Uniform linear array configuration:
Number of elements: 16
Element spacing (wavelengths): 0.5
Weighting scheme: binomial
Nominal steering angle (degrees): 0
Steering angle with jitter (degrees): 0.6527
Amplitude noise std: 0.05
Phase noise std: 0.05

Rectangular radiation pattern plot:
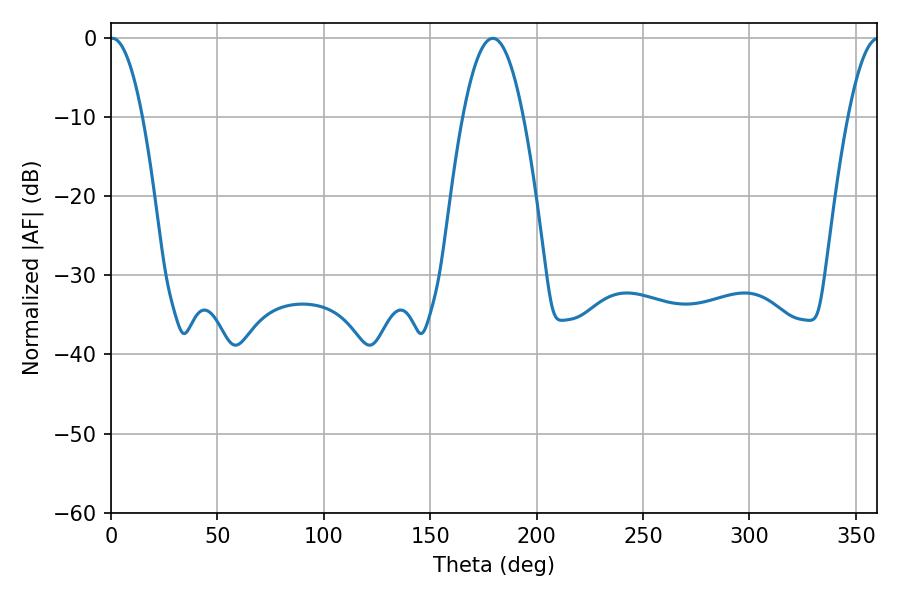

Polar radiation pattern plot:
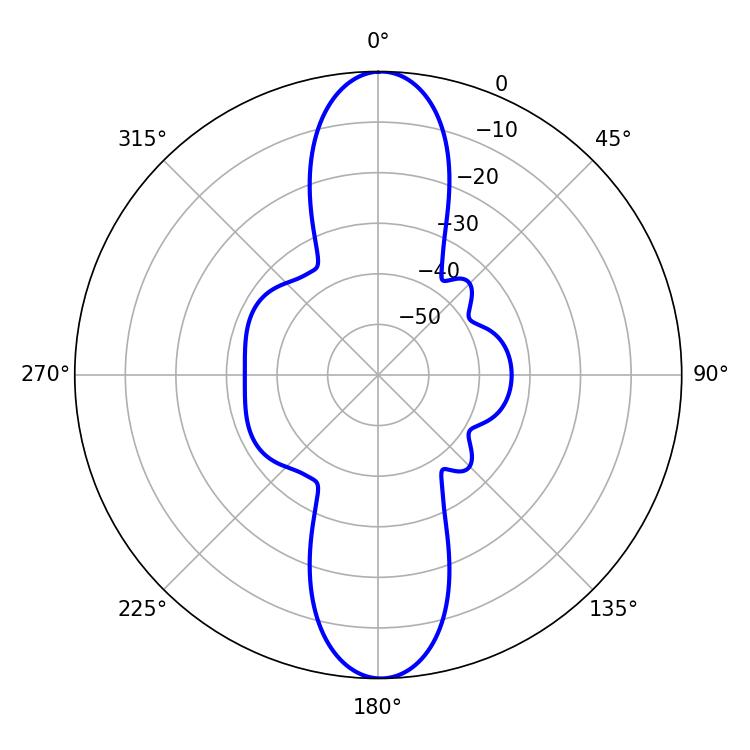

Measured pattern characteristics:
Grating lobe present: FALSE
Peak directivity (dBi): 25.917
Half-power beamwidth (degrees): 8.28
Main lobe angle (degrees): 0.54